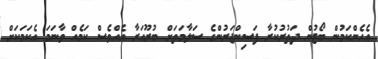
އެެހެންކަމުން ބޯޓުން ދަތުރުކުރާ ފަސިންޖަރުންގެ ސަލާމަތަށް ބުރޫއަރާ އެއްވެސް ކަމެއް ވާނަމަ އެކަމަކަށް